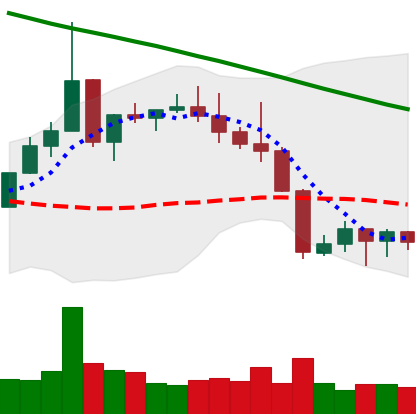
Ticker: XLM-USD
Chart end date: 2022-08-24
Forward return: -3.265%
Label: down_3_5